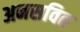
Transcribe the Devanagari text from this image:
अनसवित